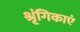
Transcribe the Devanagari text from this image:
श्रृंगिकाएं